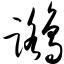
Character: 鹭